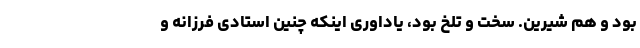
بود و هم شیرین. سخت و تلخ بود، یاداوری اینکه چنین استادی فرزانه و